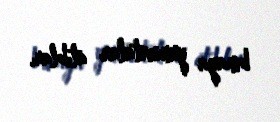
binaya yumurtalar atıblar.